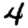
Digit: 4